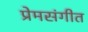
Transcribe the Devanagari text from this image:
प्रेमसंगीत